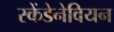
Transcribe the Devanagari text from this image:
स्केंडेनेवियन